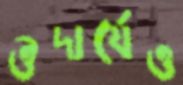
ঔদার্যেও